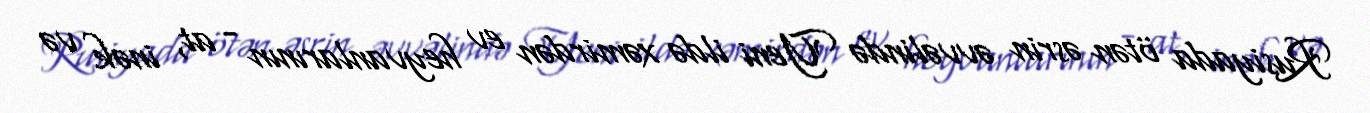
Rusiyada ötən əsrin əvvəlində Yeni ildə xəmirdən ev heyvanlarının - at, inək və